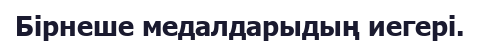
Бірнеше медалдарыдың иегері.